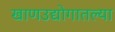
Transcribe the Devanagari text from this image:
खाणउद्योगातल्या